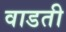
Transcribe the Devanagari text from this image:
वाडती